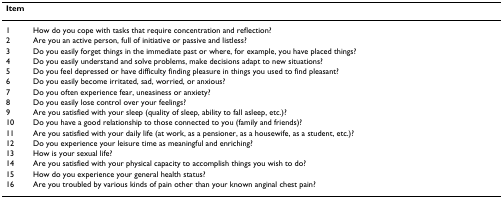
<table><thead><tr><td><b>Item</b></td><td></td></tr></thead><tbody><tr><td>1</td><td>How do you cope with tasks that require concentration and reflection?</td></tr><tr><td>2</td><td>Are you an active person, full of initiative or passive and listless?</td></tr><tr><td>3</td><td>Do you easily forget things in the immediate past or where, for example, you have placed things?</td></tr><tr><td>4</td><td>Do you easily understand and solve problems, make decisions adapt to new situations?</td></tr><tr><td>5</td><td>Do you feel depressed or have difficulty finding pleasure in things you used to find pleasant?</td></tr><tr><td>6</td><td>Do you easily become irritated, sad, worried, or anxious?</td></tr><tr><td>7</td><td>Do you often experience fear, uneasiness or anxiety?</td></tr><tr><td>8</td><td>Do you easily lose control over your feelings?</td></tr><tr><td>9</td><td>Are you satisfied with your sleep (quality of sleep, ability to fall asleep, etc.)?</td></tr><tr><td>10</td><td>Do you have a good relationship to those connected to you (family and friends)?</td></tr><tr><td>11</td><td>Are you satisfied with your daily life (at work, as a pensioner, as a housewife, as a student, etc.)?</td></tr><tr><td>12</td><td>Do you experience your leisure time as meaningful and enriching?</td></tr><tr><td>13</td><td>How is your sexual life?</td></tr><tr><td>14</td><td>Are you satisfied with your physical capacity to accomplish things you wish to do?</td></tr><tr><td>15</td><td>How do you experience your general health status?</td></tr><tr><td>16</td><td>Are you troubled by various kinds of pain other than your known anginal chest pain?</td></tr></tbody></table>